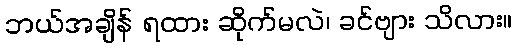
ဘယ်အချိန် ရထား ဆိုက်မလဲ၊ ခင်ဗျား သိလား။